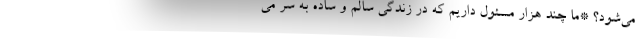
می‌شود؟ *ما چند هزار مسئول داریم که در زندگی سالم و ساده به سر می